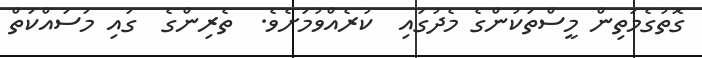
ގޮތުގެމަތިން މީސްތަކުންގެ މެދުގައި  ކުރެއްވުމަށެވެ.  ތެރިންގެ  ގައި މަސައްކަތް